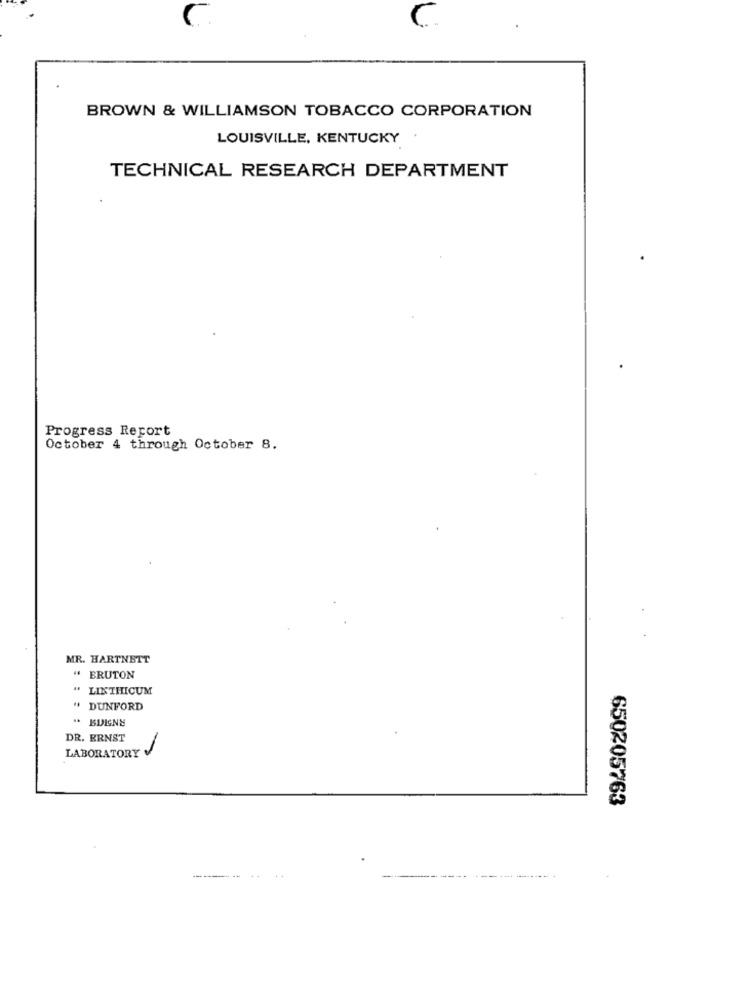
BROWN & WILLIAMSON TOBACCO CORPORATION
LOUISVILLE, KENTUCKY
TECHNICAL RESEARCH DEPARTMENT
Progress Report
October 4 through October 8.
MR. HARTNETT
" BRUTON
" LINTHICUM
" DUNFORD
DR. ERNST
LABORATORY
650205763